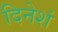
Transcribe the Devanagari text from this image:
दिनेशं